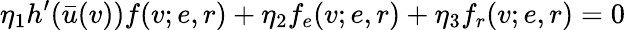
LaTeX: \eta_{1}h^{\prime}(\bar{u}(v))f(v;e,r)+\eta_{2}f_{e}(v;e,r)+\eta_{3}f_{r}(v;e,r)=0